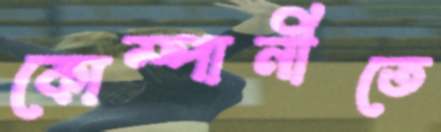
কোম্পানীতে